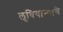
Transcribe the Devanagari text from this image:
लुधियान्याचे